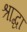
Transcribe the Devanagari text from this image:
श्राद्धा